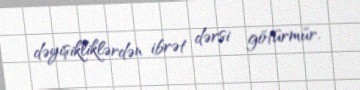
dəyişikliklərdən ibrət dərsi götürmür.